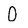
Character: 0